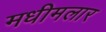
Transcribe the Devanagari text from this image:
मधीमलार